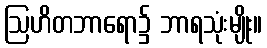
ဩဟိတဘာရော၌ ဘာရသုံးမျိုး။